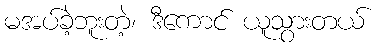
မအပ်ခဲ့ဘူးတဲ့၊ ဒီကောင် ယူသွားတယ်